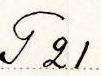
T 21